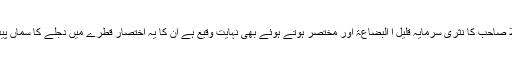
حالانکہ ملّا صاحب کا نثری سرمایہ قلیل ا البضاعۃ اور مختصر ہوتے ہوئے بھی نہایت وقیع ہے ان کا یہ اختصار قطرے میں دجلے کا سماں پیدا کرتا ہے۔